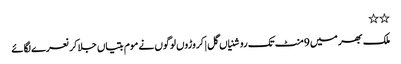
٭٭
ملک بھر میں 9منٹ تک روشنیاں گل | کروڑوں لوگوں نے موم بتیاں جلا کر نعرے لگائے